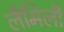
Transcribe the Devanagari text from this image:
लैमिली